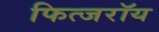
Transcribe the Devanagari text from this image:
फित्जरॉय